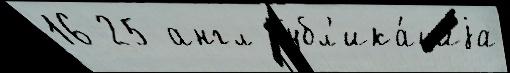
16 25 англ Публ'ика́циjа